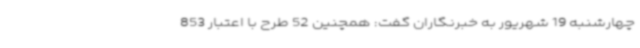
چهارشنبه 19 شهریور به خبرنگاران گفت: همچنین 52 طرح با اعتبار 853